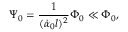
\Psi _ { 0 } = \frac { 1 } { ( \dot { \alpha } _ { 0 } l ) ^ { 2 } } \Phi _ { 0 } \ll \Phi _ { 0 } ,